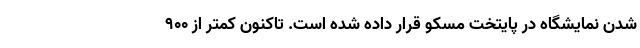
شدن نمایشگاه در پایتخت مسکو قرار داده شده است. تاکنون کمتر از ۹۰۰